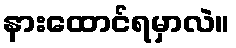
နားထောင်ရမှာလဲ။